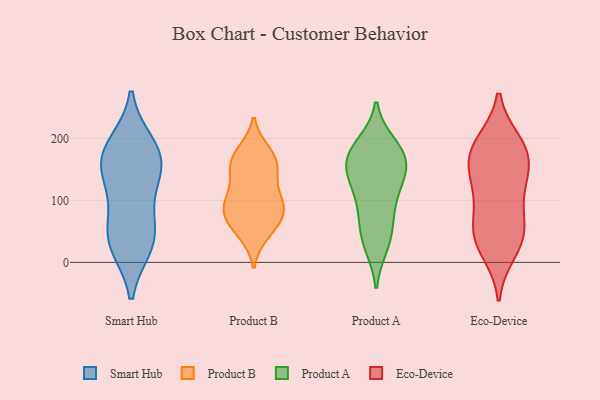
{"axis": {"x": "Shipments", "y": "Value"}, "legend": ["Eco-Device", "Product A", "Product B", "Smart Hub"], "data": [{"x": "", "y": 116, "type": "Smart Hub"}, {"x": "", "y": 143, "type": "Smart Hub"}, {"x": "", "y": 189, "type": "Smart Hub"}, {"x": "", "y": 38, "type": "Smart Hub"}, {"x": "", "y": 28, "type": "Smart Hub"}, {"x": "", "y": 159, "type": "Smart Hub"}, {"x": "", "y": 177, "type": "Smart Hub"}, {"x": "", "y": 171, "type": "Smart Hub"}, {"x": "", "y": 65, "type": "Smart Hub"}, {"x": "", "y": 33, "type": "Smart Hub"}, {"x": "", "y": 149, "type": "Product B"}, {"x": "", "y": 75, "type": "Product B"}, {"x": "", "y": 178, "type": "Product B"}, {"x": "", "y": 159, "type": "Product B"}, {"x": "", "y": 51, "type": "Product B"}, {"x": "", "y": 47, "type": "Product B"}, {"x": "", "y": 174, "type": "Product B"}, {"x": "", "y": 95, "type": "Product B"}, {"x": "", "y": 114, "type": "Product B"}, {"x": "", "y": 68, "type": "Product B"}, {"x": "", "y": 92, "type": "Product B"}, {"x": "", "y": 135, "type": "Product B"}, {"x": "", "y": 163, "type": "Product B"}, {"x": "", "y": 88, "type": "Product B"}, {"x": "", "y": 88, "type": "Product B"}, {"x": "", "y": 171, "type": "Product A"}, {"x": "", "y": 26, "type": "Product A"}, {"x": "", "y": 163, "type": "Product A"}, {"x": "", "y": 101, "type": "Product A"}, {"x": "", "y": 191, "type": "Product A"}, {"x": "", "y": 160, "type": "Product A"}, {"x": "", "y": 187, "type": "Product A"}, {"x": "", "y": 137, "type": "Product A"}, {"x": "", "y": 113, "type": "Product A"}, {"x": "", "y": 139, "type": "Product A"}, {"x": "", "y": 79, "type": "Product A"}, {"x": "", "y": 62, "type": "Product A"}, {"x": "", "y": 163, "type": "Product A"}, {"x": "", "y": 27, "type": "Product A"}, {"x": "", "y": 183, "type": "Product A"}, {"x": "", "y": 130, "type": "Product A"}, {"x": "", "y": 51, "type": "Product A"}, {"x": "", "y": 171, "type": "Eco-Device"}, {"x": "", "y": 192, "type": "Eco-Device"}, {"x": "", "y": 186, "type": "Eco-Device"}, {"x": "", "y": 41, "type": "Eco-Device"}, {"x": "", "y": 137, "type": "Eco-Device"}, {"x": "", "y": 47, "type": "Eco-Device"}, {"x": "", "y": 41, "type": "Eco-Device"}, {"x": "", "y": 157, "type": "Eco-Device"}, {"x": "", "y": 104, "type": "Eco-Device"}, {"x": "", "y": 19, "type": "Eco-Device"}, {"x": "", "y": 123, "type": "Eco-Device"}, {"x": "", "y": 182, "type": "Eco-Device"}, {"x": "", "y": 66, "type": "Eco-Device"}]}